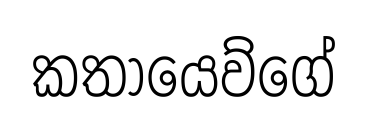
කතායෙව්ගේ